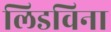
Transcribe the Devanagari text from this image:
लिडविना